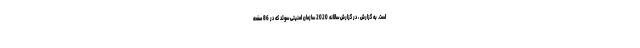
است. به گزارش ، در گزارش سالانه 2020 سازمان امنیتی سوئد که در 86 صفحه